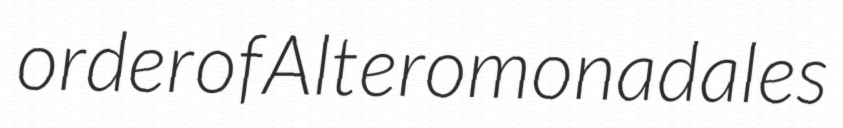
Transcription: order of Alteromonadales